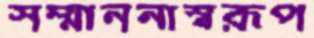
সম্মাননাস্বরূপ